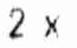
2 X